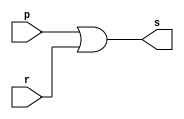
// ------------------------- 
// Exerc0010
// Nome: Pedro Henrique Vilar Locatelli 
// --------------------- 
// --------------------- 
module oragate (output s, 
input p, 
input r); 

assign s = p | r; 
endmodule // or

module orgate (output s, 
input p, 
input q, 
input r); 
wire w;
oragate as1 (w, p, q);
oragate as2 (s, w, r);
endmodule // or
// --------------------- 
// -- test ORgate 
// --------------------- 
module testorgate; 
// ------------------------- dados locais 
reg a,b,c; // definir registrador 
wire s; // definir conexao (fio) 
// ------------------------- instancia 
orgate OR1 (s, a, b, c); 
// ------------------------- preparacao 
initial begin:start 
a= 1'b0; 
b= 1'b0;  
c= 1'b0;  
end 
// ------------------------- parte principal 
initial begin:main 
$display("Exerc0010 - Pedro Henrique Vilar Locatelli  - 427453"); 
$display("Test or gate"); 
$display("\n a ^ b ^ c = s\n");
$monitor("%b ^ %b ^ %b = %b", a, b, c, s); 
#1 a=1'b0; b=1'b0; c=1'b1;
#1 a=1'b0; b=1'b1; c=1'b0;
#1 a=1'b0; b=1'b1; c=1'b1;
#1 a=1'b1; b=1'b0; c=1'b0;
#1 a=1'b1; b=1'b0; c=1'b1;
#1 a=1'b1; b=1'b1; c=1'b0;
#1 a=1'b1; b=1'b1; c=1'b1;
end 
endmodule // testandgate